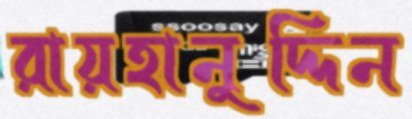
রায়হানুদ্দিন